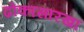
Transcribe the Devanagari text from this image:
ढोकासारखा